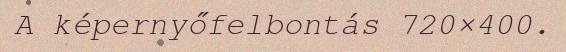
A képernyőfelbontás 720×400.